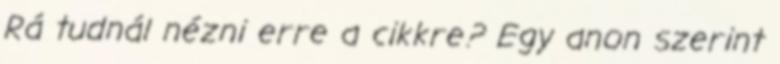
Rá tudnál nézni erre a cikkre? Egy anon szerint